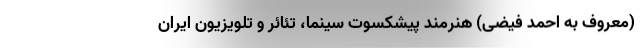
(معروف به احمد فیضی) هنرمند پیشکسوت سینما، تئائر و تلویزیون ایران